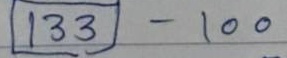
(133) - 100